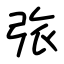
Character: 㢳